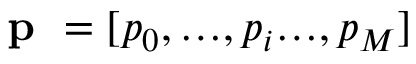
\textbf { p } = [ p _ { 0 } , … , p _ { i } … , p _ { M } ]